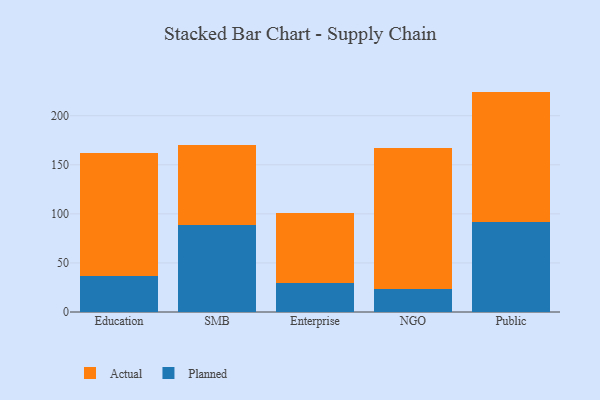
{"axis": {"x": "Segment", "y": "Customer Acquisition Cost (USD)"}, "legend": ["Actual", "Planned"], "data": [{"x": "Education", "y": 36.6, "type": "Planned"}, {"x": "Education", "y": 125.2, "type": "Actual"}, {"x": "SMB", "y": 89.0, "type": "Planned"}, {"x": "SMB", "y": 80.8, "type": "Actual"}, {"x": "Enterprise", "y": 30.0, "type": "Planned"}, {"x": "Enterprise", "y": 70.8, "type": "Actual"}, {"x": "NGO", "y": 23.7, "type": "Planned"}, {"x": "NGO", "y": 143.7, "type": "Actual"}, {"x": "Public", "y": 91.3, "type": "Planned"}, {"x": "Public", "y": 133.3, "type": "Actual"}]}